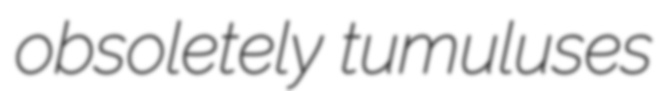
obsoletely tumuluses